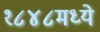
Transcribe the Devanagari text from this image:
१८४८मध्ये